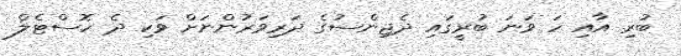
ބުރި އާއި ހަ ވަނަ ބުރީގައި ދެޖިންސުގެ ދަރިވަރުންނަށް ވަކި ދެ ހޮސްޓެލް